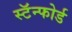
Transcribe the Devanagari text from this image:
स्टॅन्फोर्ड